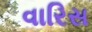
વારિસ